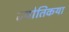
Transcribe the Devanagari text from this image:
ज्‍योतिकया